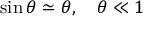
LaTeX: \sin \theta \simeq \theta , \quad \theta \ll 1